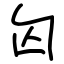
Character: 匃